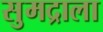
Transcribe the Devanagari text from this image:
सुमद्राला